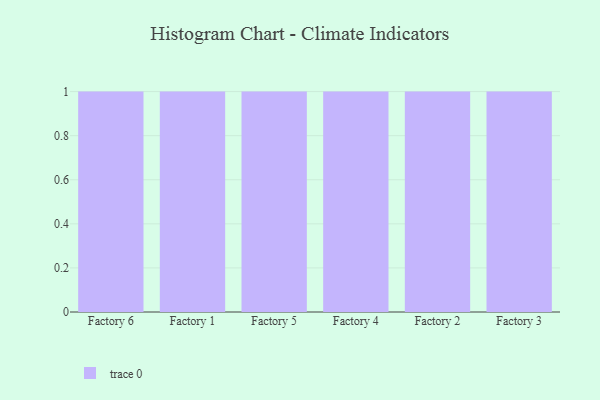
{"axis": {"x": "Factory", "y": "Waste Production (Tons)"}, "legend": [""], "data": [{"x": "Factory 6", "y": 44, "type": ""}, {"x": "Factory 1", "y": 20, "type": ""}, {"x": "Factory 5", "y": 24, "type": ""}, {"x": "Factory 4", "y": 88, "type": ""}, {"x": "Factory 2", "y": 31, "type": ""}, {"x": "Factory 3", "y": 65, "type": ""}]}